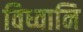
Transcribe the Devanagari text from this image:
विध्वानि